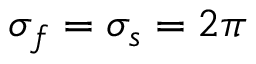
\sigma _ { f } = \sigma _ { s } = 2 \pi